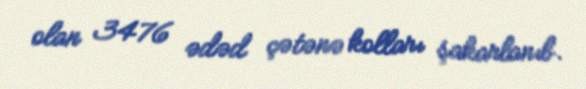
olan 3476 ədəd çətənə kolları şakarlanıb.